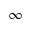
\infty